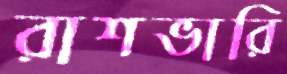
রাশভারি